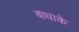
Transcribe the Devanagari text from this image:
बाधाके